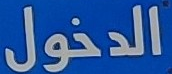
الدخول